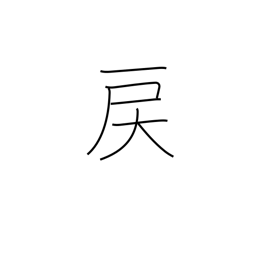
Meaning: go backwards